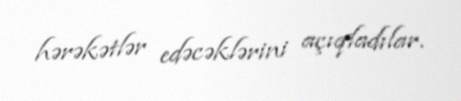
hərəkətlər edəcəklərini açıqladılar.